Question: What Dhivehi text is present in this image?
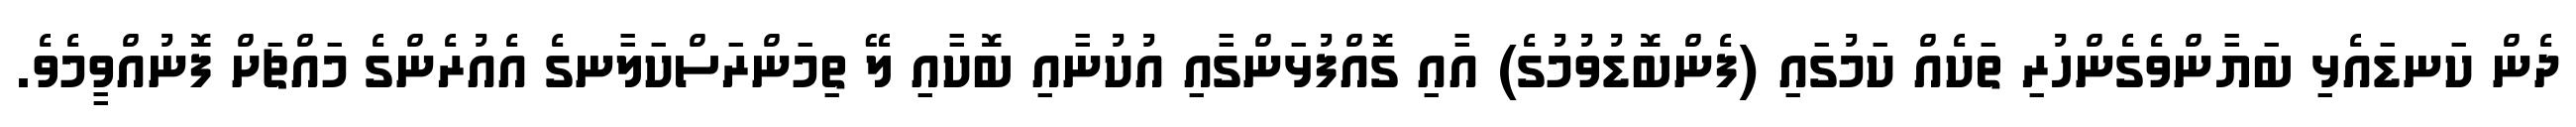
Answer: ދެން ކަނޑައެޅި ބަޔާންވެގެންހުރި ތަކެއް ކަމުގައި (ފެންބޮޑުވުމުގެ) އާއި ގޮއްފުޅަންގާއި އުކުނާއި ބޮކާއި ލޭ ތިމަންރަސްކަލާނގެ އެއުރެންގެ މައްޗަށް ފޮނުއްވީމެވެ.